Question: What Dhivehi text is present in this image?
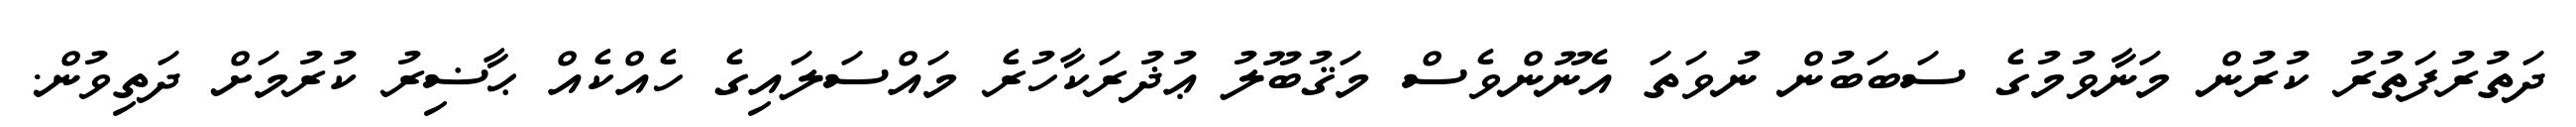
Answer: ދަތުރުފަތުރު ކުރުން މަނާވުމުގެ ސަބަބުން ނުވަތަ އެނޫންވެސް މަޤުބޫލު ޢުޛުރަކާހުރެ މައްސަލައިގެ ހެއްކެއް ޙާޟިރު ކުރުމަށް ދަތިވުން.